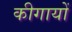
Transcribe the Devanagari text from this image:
कीगायों